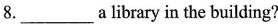
8.___ a library in the building?